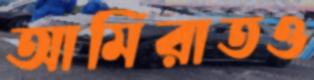
আমিরাতও